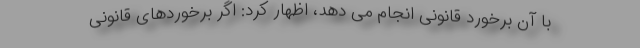
با آن برخورد قانونی انجام می دهد، اظهار کرد: اگر برخوردهای قانونی